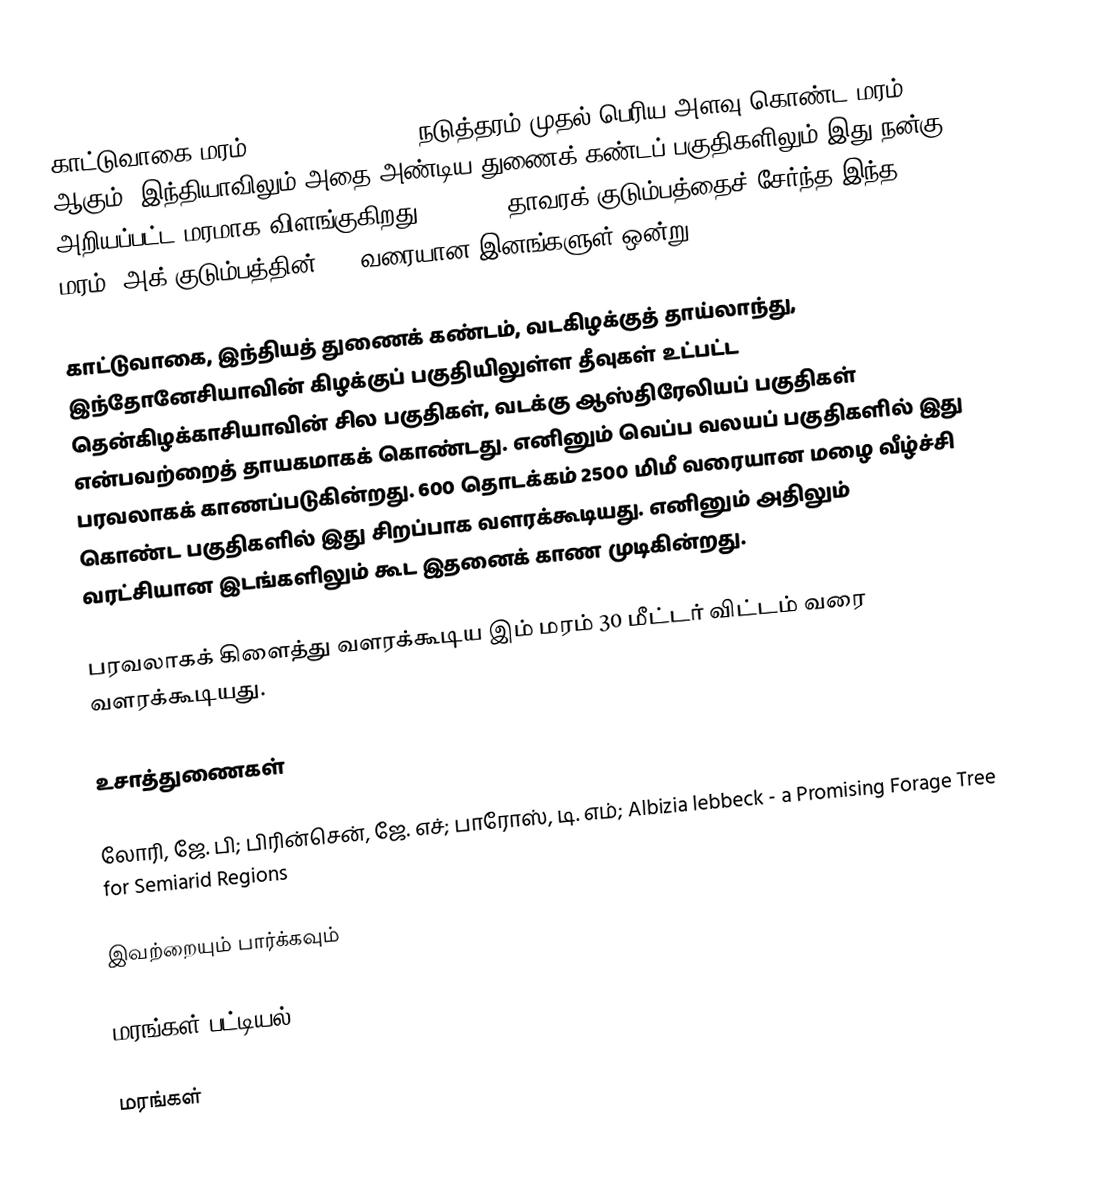
காட்டுவாகை மரம் (Albizia lebbeck) நடுத்தரம் முதல் பெரிய அளவு கொண்ட மரம் ஆகும். இந்தியாவிலும் அதை அண்டிய துணைக் கண்டப் பகுதிகளிலும் இது நன்கு அறியப்பட்ட மரமாக விளங்குகிறது. Albizia தாவரக் குடும்பத்தைச் சேர்ந்த இந்த மரம், அக் குடும்பத்தின் 100 வரையான இனங்களுள் ஒன்று.

காட்டுவாகை, இந்தியத் துணைக் கண்டம், வடகிழக்குத் தாய்லாந்து, இந்தோனேசியாவின் கிழக்குப் பகுதியிலுள்ள தீவுகள் உட்பட்ட தென்கிழக்காசியாவின் சில பகுதிகள், வடக்கு ஆஸ்திரேலியப் பகுதிகள் என்பவற்றைத் தாயகமாகக் கொண்டது. எனினும் வெப்ப வலயப் பகுதிகளில் இது பரவலாகக் காணப்படுகின்றது. 600 தொடக்கம் 2500 மிமீ வரையான மழை வீழ்ச்சி கொண்ட பகுதிகளில் இது சிறப்பாக வளரக்கூடியது. எனினும் அதிலும் வரட்சியான இடங்களிலும் கூட இதனைக் காண முடிகின்றது.

பரவலாகக் கிளைத்து வளரக்கூடிய இம் மரம் 30 மீட்டர் விட்டம் வரை வளரக்கூடியது.

உசாத்துணைகள்

லோரி, ஜே. பி; பிரின்சென், ஜே. எச்; பாரோஸ், டி. எம்; Albizia lebbeck - a Promising Forage Tree for Semiarid Regions

இவற்றையும் பார்க்கவும்

 மரங்கள் பட்டியல்

மரங்கள்